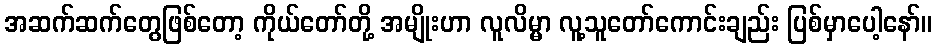
အဆက်ဆက်တွေဖြစ်တော့ ကိုယ်တော်တို့ အမျိုးဟာ လူလိမ္မာ လူ့သူတော်ကောင်းချည်း ပြစ်မှာပေါ့နော်။